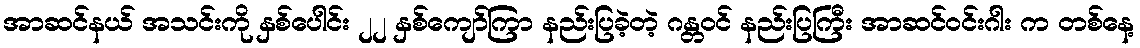
အာဆင်နယ် အသင်းကို နှစ်ပေါင်း ၂၂ နှစ်ကျော်ကြာ နည်းပြခဲ့တဲ့ ဂန္တဝင် နည်းပြကြီး အာဆင်ဝင်းဂါး က တစ်နေ့